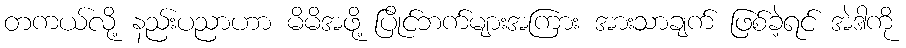
တကယ်လို့ နည်းပညာဟာ မိမိအဖို့ ပြိုင်ဘက်များအကြား အားသာချက် ဖြစ်ခဲ့ရင် အဲဒါကို